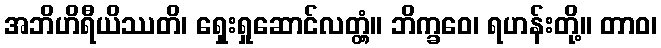
အဘိဟိရီယိဿတိ၊ ရှေးရှုဆောင်လတ္တံ့။ ဘိက္ခဝေ၊ ရဟန်းတို့။ တာဝ၊